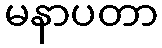
မနာပတာ